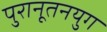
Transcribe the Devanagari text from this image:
पुरानूतनयुग